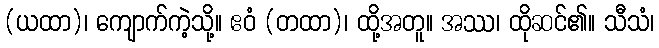
(ယထာ)၊ ကျောက်ကဲ့သို့။ ဧဝံ (တထာ)၊ ထို့အတူ။ အဿ၊ ထိုဆင်၏။ သီသံ၊